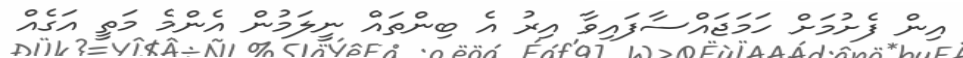
އިން ފެށުމަށް ހަމަޖައްސާފައިވާ އިރު އެ ބިންތައް ނީލަމުން އެންމެ މަތީ އަގެއް